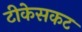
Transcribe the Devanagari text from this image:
टीकेसकट